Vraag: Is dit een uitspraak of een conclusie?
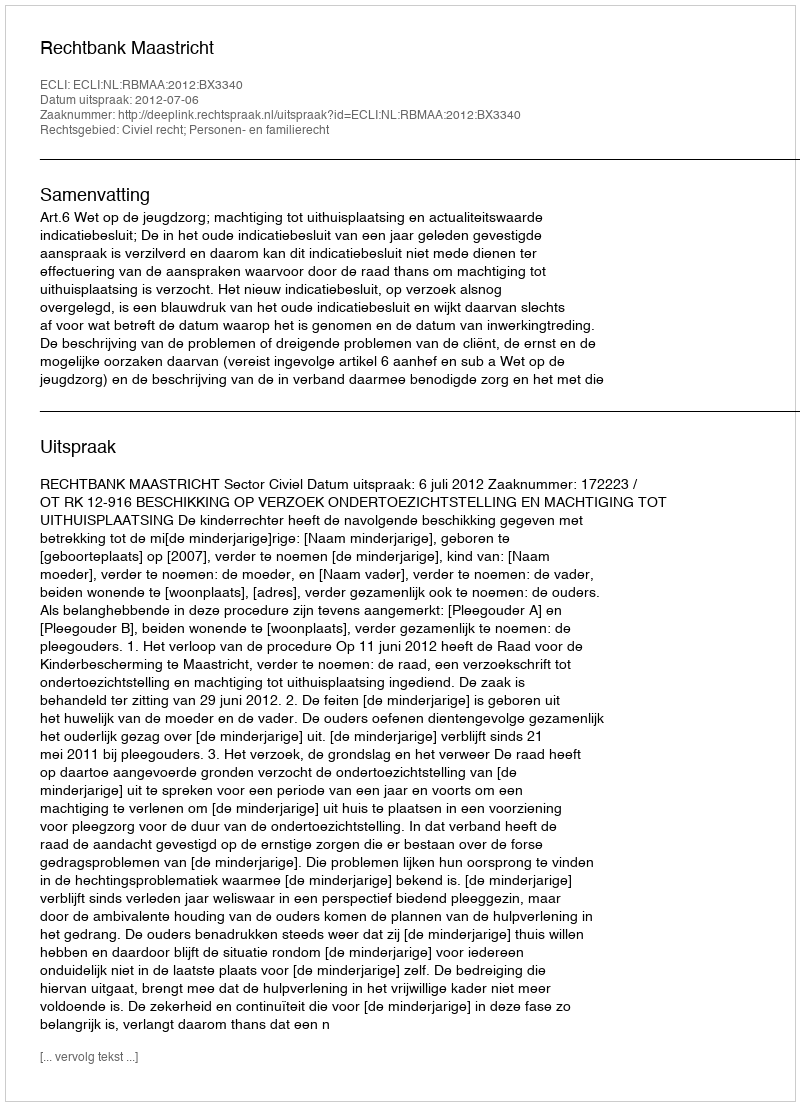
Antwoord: Uitspraak